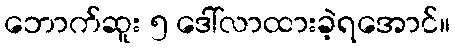
ဘောက်ဆူး ၅ ဒေါ်လာထားခဲ့ရအောင်။